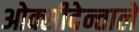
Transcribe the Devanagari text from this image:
ओक्सीदेन्ताले